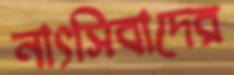
নাৎসিবাদের